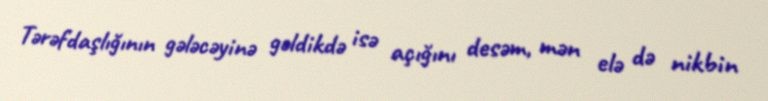
Tərəfdaşlığının gələcəyinə gəldikdə isə açığını desəm, mən elə də nikbin